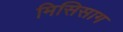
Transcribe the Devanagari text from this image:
मिसिसाग